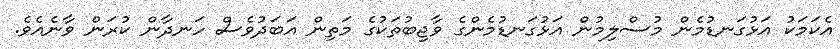
އެކަމަކު އަޅުގަނޑުމެން މުސްލިމުން އަޅުގަނޑުމެންގެ ވާޖިބުތަކުގެ މަތިން އަބަދުވެސް ހަނދާން ކުރަން ވާނެއެވެ.